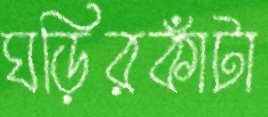
ঘড়িরকাঁটা